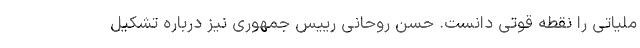
ملیاتی را نقطه قوتی دانست. حسن روحانی رییس جمهوری نیز درباره تشکیل